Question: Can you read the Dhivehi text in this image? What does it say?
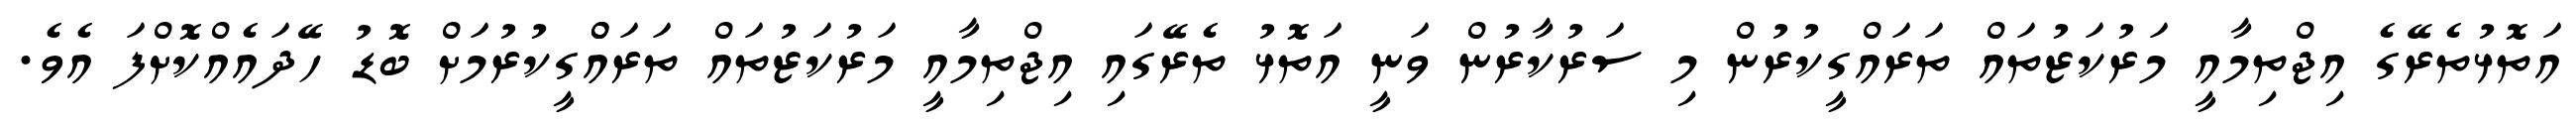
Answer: އަތޮޅުތެރޭގެ އިޖްތިމާއީ މަރުކަޒުތައް ތަރައްގީކުރުން މި ސަރުކާރުން ވަނީ އަތޮޅު ތެރޭގައި އިޖްތިމާއީ މަރުކަޒުތައް ތަރައްްގީކުރުމަށް ބޮޑު ހޭދައެއްކޮށްފަ އެވެ.